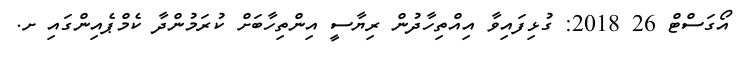
އޯގަސްޓް 26 2018: ގުޅިފައިވާ އިއްތިހާދުން ރިޔާސީ އިންތިހާބަށް ކުރަމުންދާާ ކެމްޕެއިންގައި ށ.